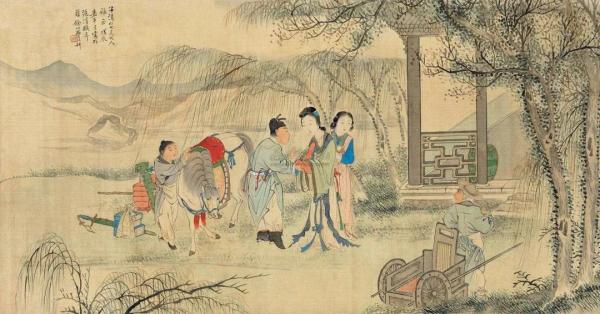
孔雀东南飞，五里一徘徊。